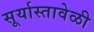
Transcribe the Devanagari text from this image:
सूर्यास्तावेळी